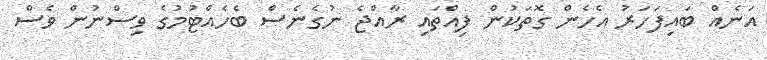
އަނެއް ބައިފަހަރު އެހެން ގޮތަކުން ފިއްތައި ރާއްޖެ ނުގެނެސް ބެހެއްޓުމުގެ ވިސްނުން ވެސް